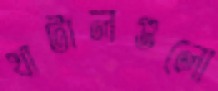
খাটালগুলো